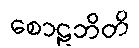
စောဠဘိတိ